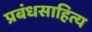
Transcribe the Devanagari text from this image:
प्रबंधसाहित्य